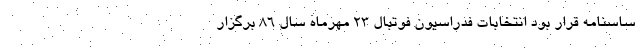
ساسنامه قرار بود انتخابات فدراسیون فوتبال 23 مهرماه سال 86 برگزار